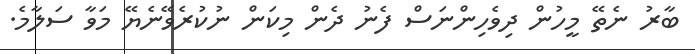
ބާރު ނެތޭ މީހުން ދިވެހިންނަސް ފެނު ދެން މިކަން ނުކުރެވޭނެޔޭ މަވާ ސަލާމެ.